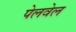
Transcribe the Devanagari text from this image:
पेलवेल